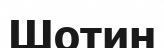
Шотин